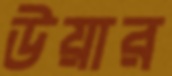
উয়ার